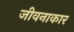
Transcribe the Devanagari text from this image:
जीवनाकार